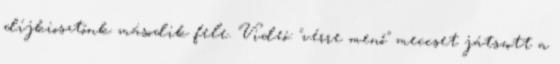
díjkiosztónk második fele. Videó: "vérre menő" meccset játszott a